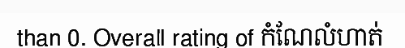
than 0. Overall rating of កំណែលំហាត់